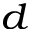
^ d